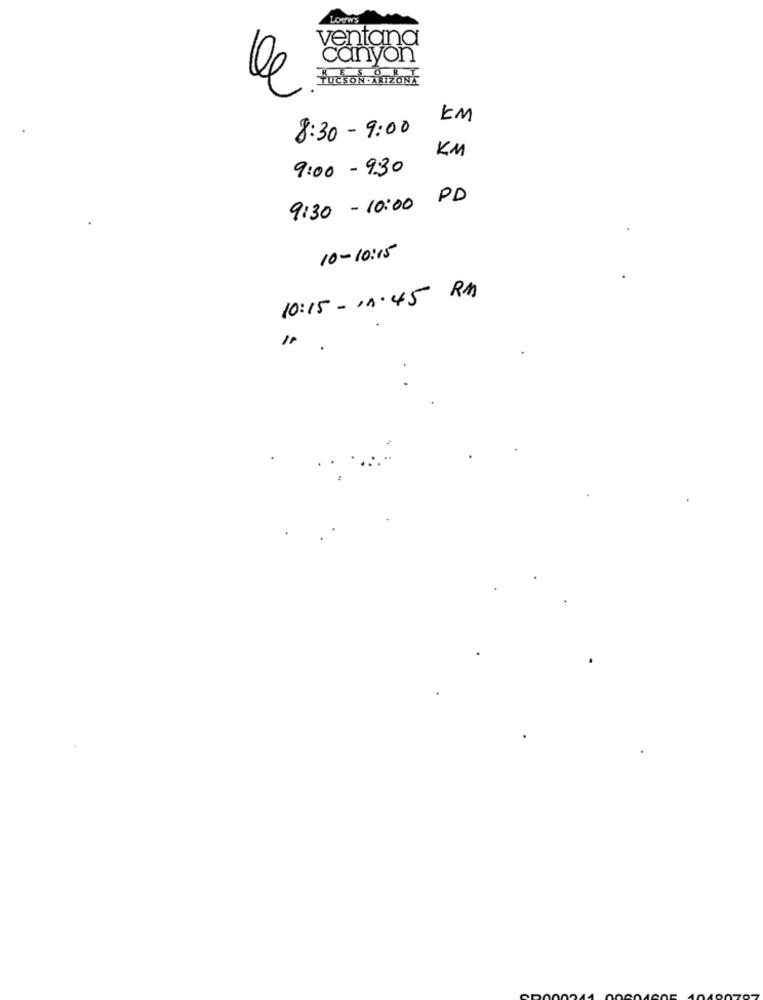
LowWS
ventana
canyon
TUCSON.A
KM
8:30 - 9:00
KM
9:00 - 9:30
9:30 - 10:00 PD
10 - 10:15
10:15-13:45 PM